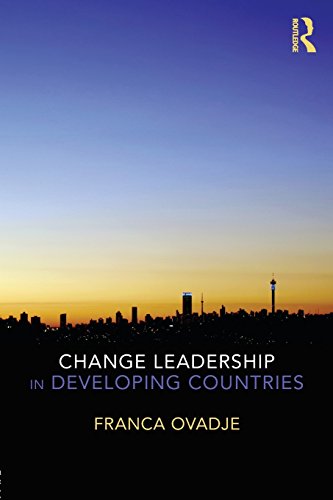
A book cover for Change Leadership in Developing Countries; Franca Ovadje; Business & Money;